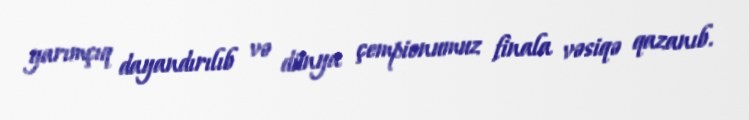
yarımçıq dayandırılıb və dünya çempionumuz finala vəsiqə qazanıb.